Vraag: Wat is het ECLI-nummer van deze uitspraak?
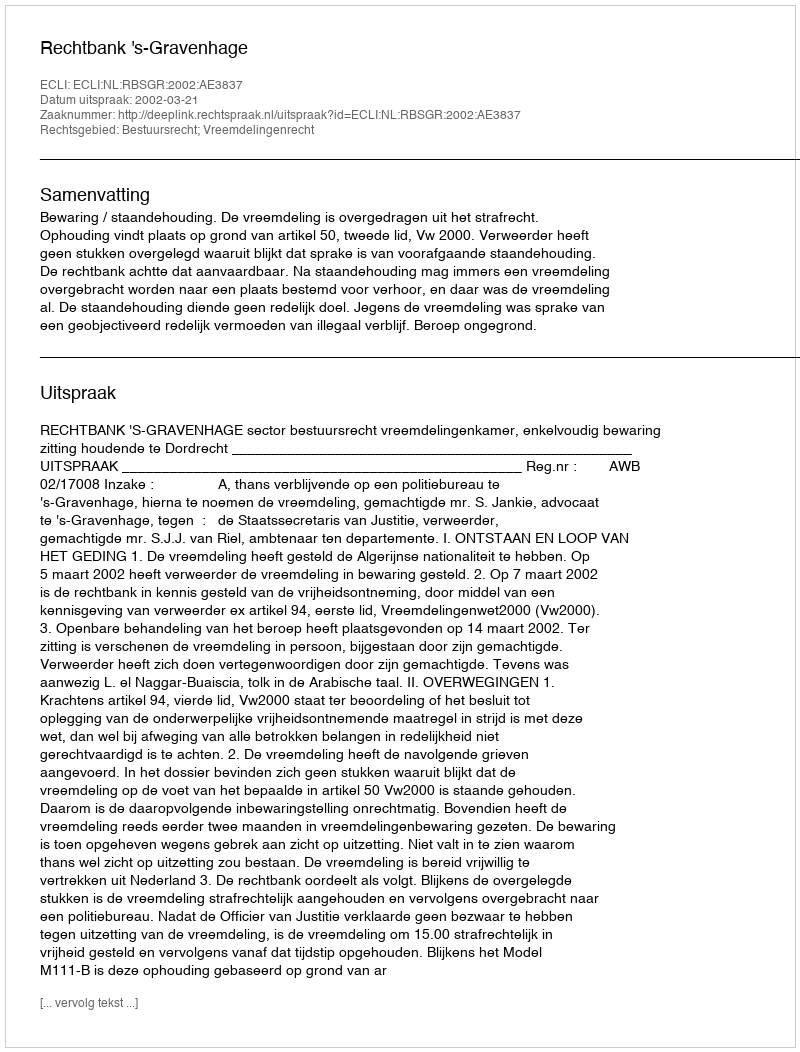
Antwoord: ECLI:NL:RBSGR:2002:AE3837